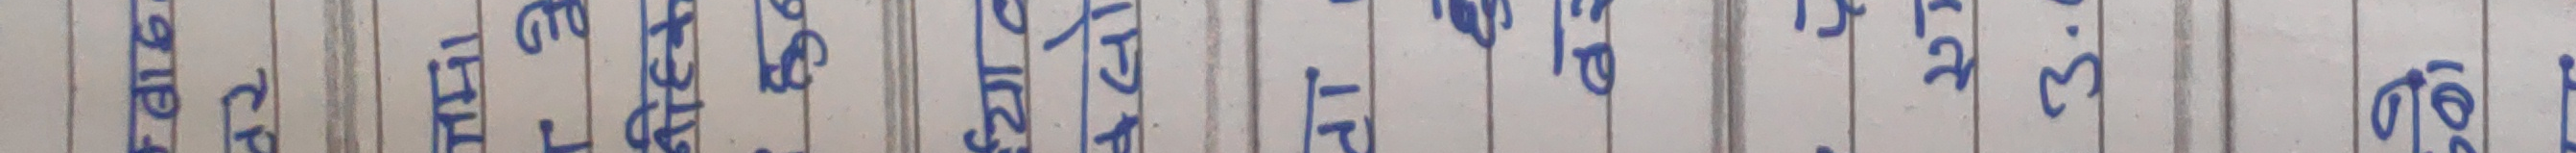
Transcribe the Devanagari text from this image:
भर १६ स्टेशन पोटेडिस ३.२